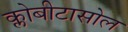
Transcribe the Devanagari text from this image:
क्लोबीटासोल